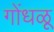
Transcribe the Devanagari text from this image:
गोंधळू